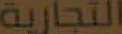
التجارية